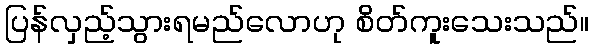
ပြန်လှည့်သွားရမည်လောဟု စိတ်ကူးသေးသည်။